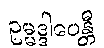
ဥမ္မဒ္ဒါပေန္တီ